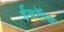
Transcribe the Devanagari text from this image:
ईवॉल्व